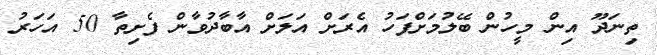
ތިނަދޫ އިން މީހުން ބޭލުމަށްފަހު އެރަށް އަލަށް އާބާދުވާން ފެށިތާ 50 އަހަރު